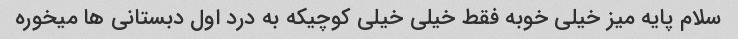
سلام پایه میز خیلی خوبه فقط خیلی خیلی کوچیکه به درد اول دبستانی ها میخوره